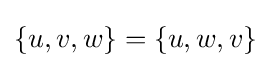
\{u,v,w\}=\{u,w,v\}